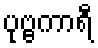
ပုဗ္ဗကာရီ